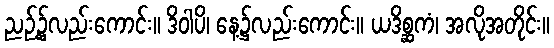
ညဉ့်၌လည်းကောင်း။ ဒိဝါပိ၊ နေ့၌လည်းကောင်း။ ယဒိစ္ဆကံ၊ အလိုအတိုင်း။